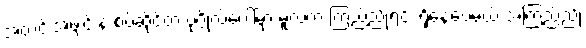
အတင်းအဖျင်းနဲ့ စပ်ဆိုင်တဲ့ ပုဂ္ဂိုလ်ပေါ်မှာ မူလက ကြည်ညိုရင်း ရှိနေပေမယ့် အကြည်ညို